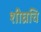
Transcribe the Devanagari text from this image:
शीघ्रचि